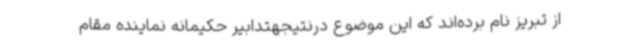
از تبریز نام برده‌اند که این موضوع درنتیجهتدابیر حکیمانه نماینده مقام